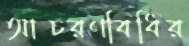
আচরণবিধির